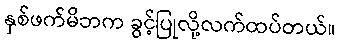
နှစ်ဖက်မိဘက ခွင့်ပြုလို့လက်ထပ်တယ်။